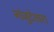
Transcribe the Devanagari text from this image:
नांजुदेश्‍वरा